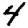
Digit: 4